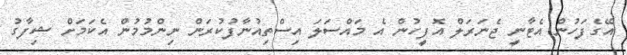
އޭގެފަހުން އެޓާނީ ޖެނަރަލް އޮފީހުން އެ މައްސަލަ އިސްތިއުނާފުކުރަން ނިންމުމުން އެކަމަށް ޝިފާގު